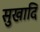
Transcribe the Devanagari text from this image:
सुखादि